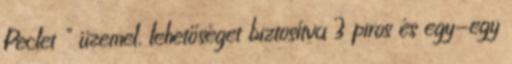
Peclet " üzemel, lehetőséget biztosítva 3 piros és egy-egy